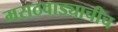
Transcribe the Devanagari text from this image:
मराठवाड्याचीच